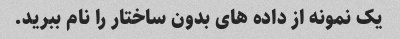
یک نمونه از داده های بدون ساختار را نام ببرید.